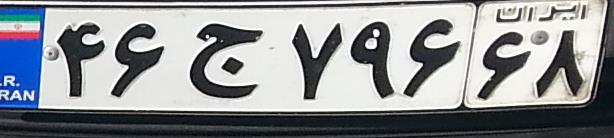
۴۶ج۷۹۶۶۸